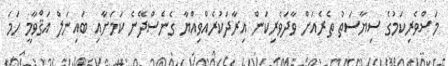
މަސްވެރިކަމުގެ ސިޔާސަތު ތެރެއަށް ވާދަވެރިކަން އިރާދަކުރެއްވިއްޔާ ގެނެސްދޭނެ ކަމަށާއި ބައިނަލް އަޤްވާމީ ހަމަ